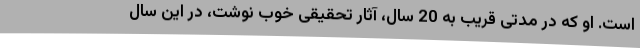
است. او که در مدتی قریب به 20 سال، آثار تحقیقی خوب نوشت، در این سال